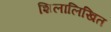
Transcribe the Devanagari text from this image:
शिलालिखित